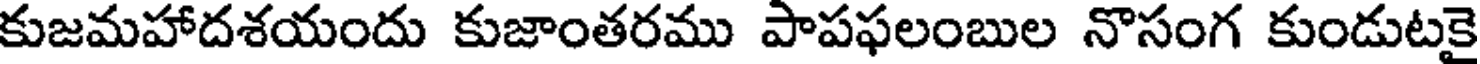
కుజమహాదశయందు కుజాంతరము పాపఫలంబుల నొసంగ కుండుటకై